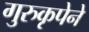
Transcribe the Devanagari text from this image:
गुरुकृपेने